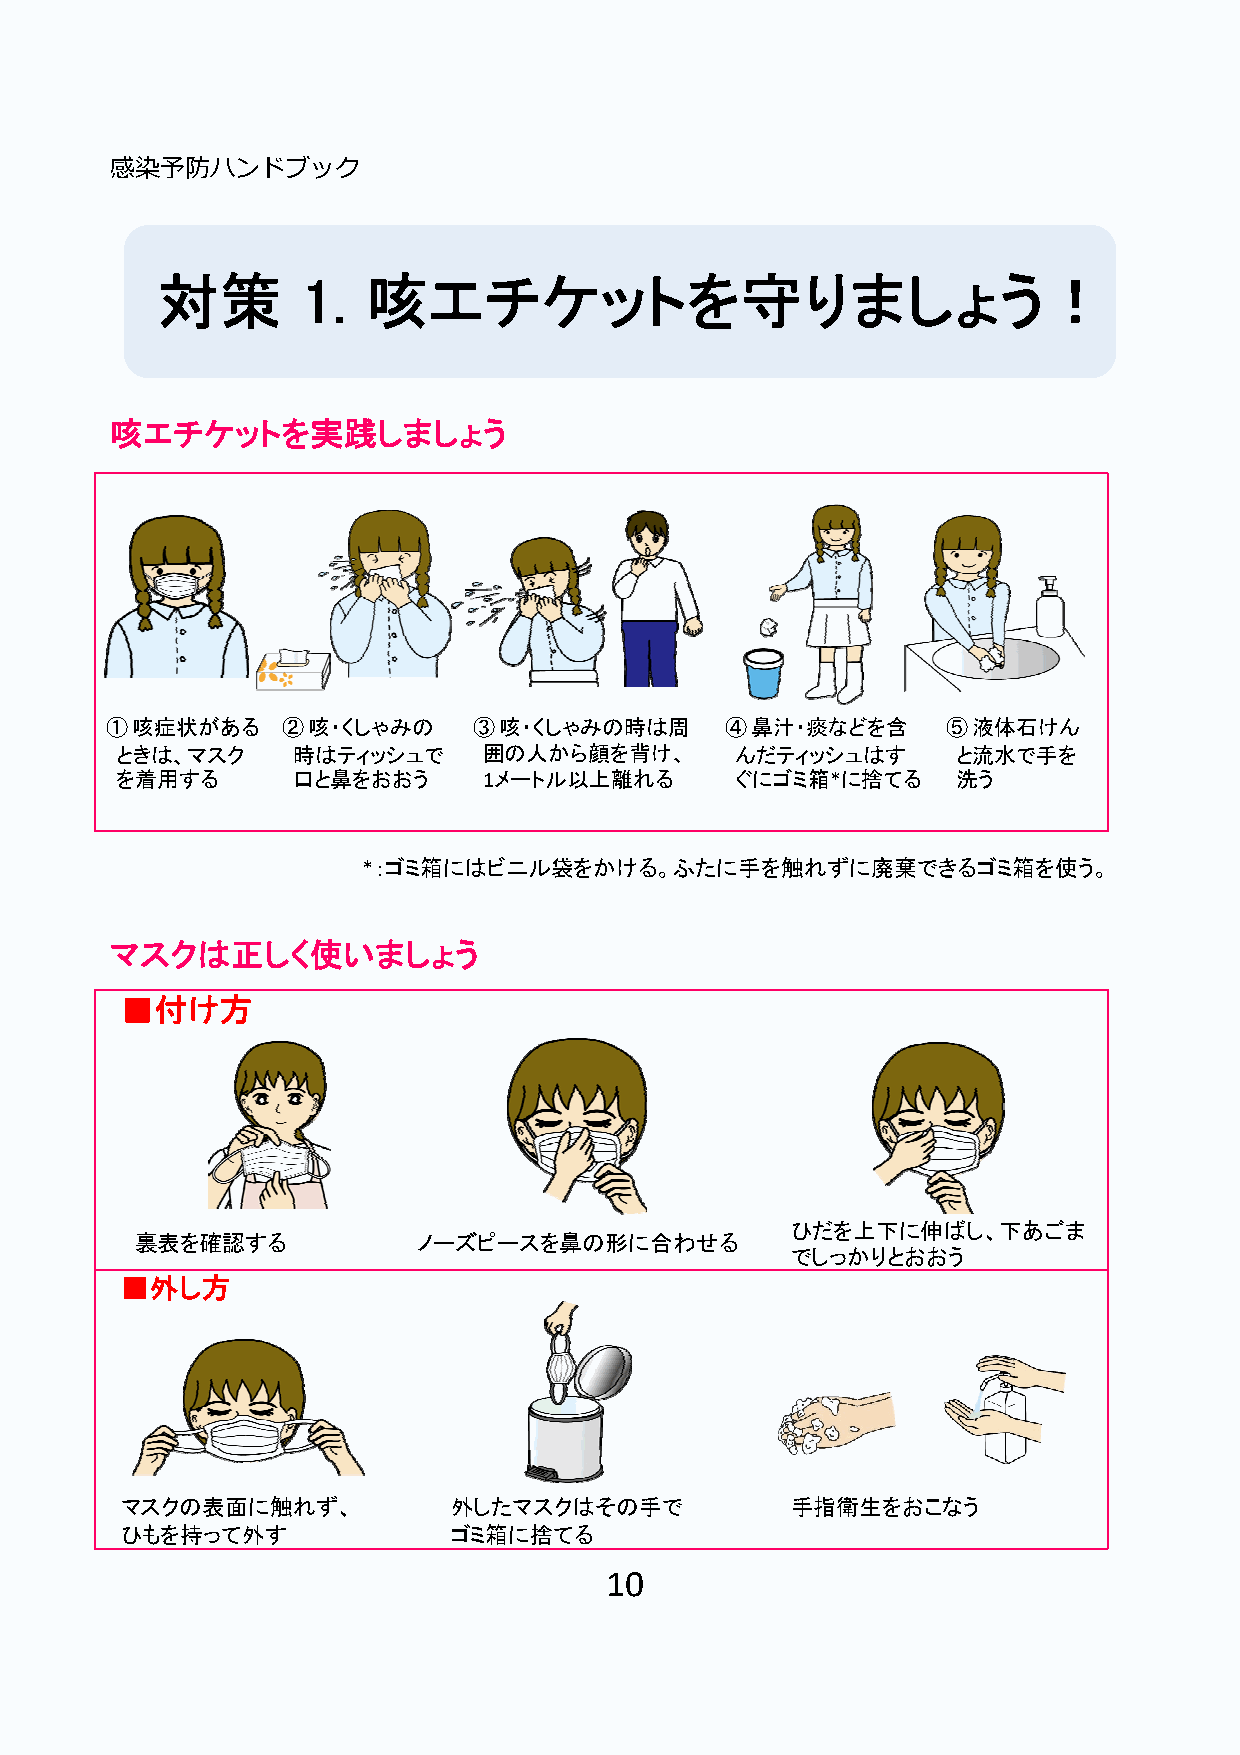
感染予防ハンドブック
 対策        1.  咳エチケットを守りましょう！
 咳エチケットを実践しましょう
 ①咳症状がある     ②咳・くしゃみの    ③咳・くしゃみの時は周      ④鼻汁・痰などを含      ⑤液体石けん
 ときは、マスク    時はティッシュで     囲の人から顔を背け、       んだティッシュはす     と流水で手を
 を着用する      口と鼻をおおう      1メートル以上離れる       ぐにゴミ箱*に捨てる    洗う
 *：ゴミ箱にはビニル袋をかける。ふたに手を触れずに廃棄できるゴミ箱を使う。
 マスクは正しく使いましょう
 ■付け方
 ひだを上下に伸ばし、下あごま
 裏表を確認する            ノーズピースを鼻の形に合わせる
 でしっかりとおおう
 ■外し方
 マスクの表面に触れず、           外したマスクはその手で           手指衛生をおこなう
 ひもを持って外す              ゴミ箱に捨てる
 10